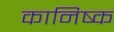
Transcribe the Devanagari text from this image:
कानिष्क